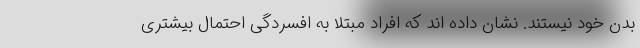
بدن خود نیستند. نشان داده اند که افراد مبتلا به افسردگی احتمال بیشتری